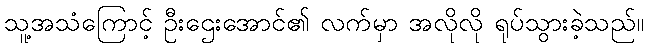
သူ့အသံကြောင့် ဦးဌေးအောင်၏ လက်မှာ အလိုလို ရုပ်သွားခဲ့သည်။